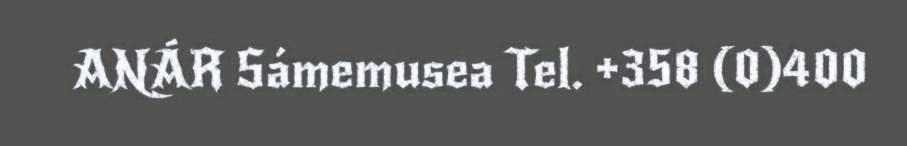
ANÁR Sámemusea Tel. +358 (0)400